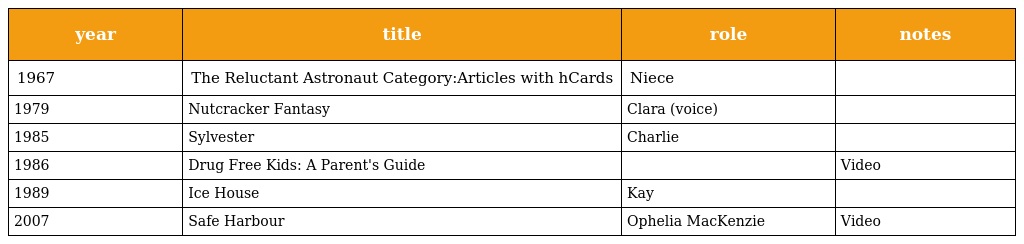
| year | title | role | notes |
 | --- | --- | --- | --- |
 | 1967 | The Reluctant Astronaut Category:Articles with hCards | Niece |  |
 | 1979 | Nutcracker Fantasy | Clara (voice) |  |
 | 1985 | Sylvester | Charlie |  |
 | 1986 | Drug Free Kids: A Parent's Guide |  | Video |
 | 1989 | Ice House | Kay |  |
 | 2007 | Safe Harbour | Ophelia MacKenzie | Video |